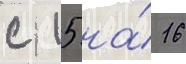
с 15 на́ 16